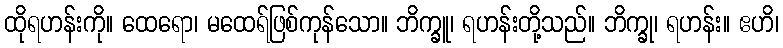
ထိုရဟန်းကို။ ထေရော၊ မထေရ်ဖြစ်ကုန်သော။ ဘိက္ခူ၊ ရဟန်းတို့သည်။ ဘိက္ခု၊ ရဟန်း။ ဧဟိ၊